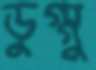
ডুগ্গু